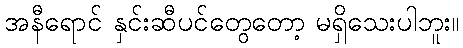
အနီရောင် နှင်းဆီပင်တွေတော့ မရှိသေးပါဘူး။